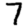
Digit: 7